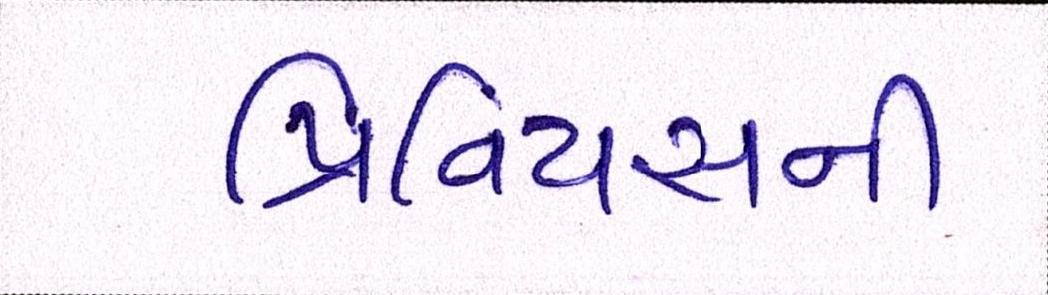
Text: પ્રિવિયસની